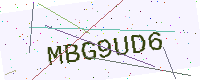
Text: MBG9UD6